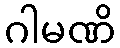
ဂါမဏိ